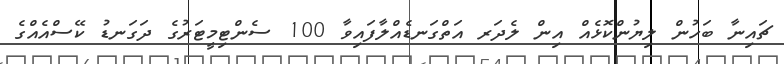
ޗައިނާ ބަހުން ލިޔުންކޮޅެއް އިން ލެދަރ އަތްގަނޑެއްލާފައިވާ 100 ސެންޓިމީޓަރުގެ ދަގަނޑު ކޭސްއެއްގެ